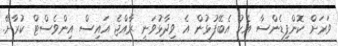
ވަރަށް ކޮންފިޑެންސާ އެކު އެބޭފުޅުން އެ ވިދާޅުވަނީ ރާއްޖެ އައިސް އިންވެސްޓް ކުރާށޭ.